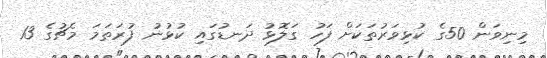
މިނިވަން 50ގެ ކުޅިވަރުތަކަށް ފަހު ގަލޮޅު ދަނޑުގައި ކުޅުނު ފުރަތަމަ މެޗުގެ 13